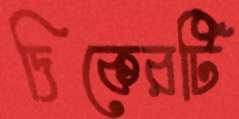
দিকেরটি